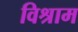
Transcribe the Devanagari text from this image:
विश्राम